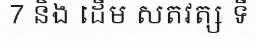
7 និង ដើម សតវត្ស ទី